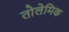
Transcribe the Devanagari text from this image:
तोलेमिक